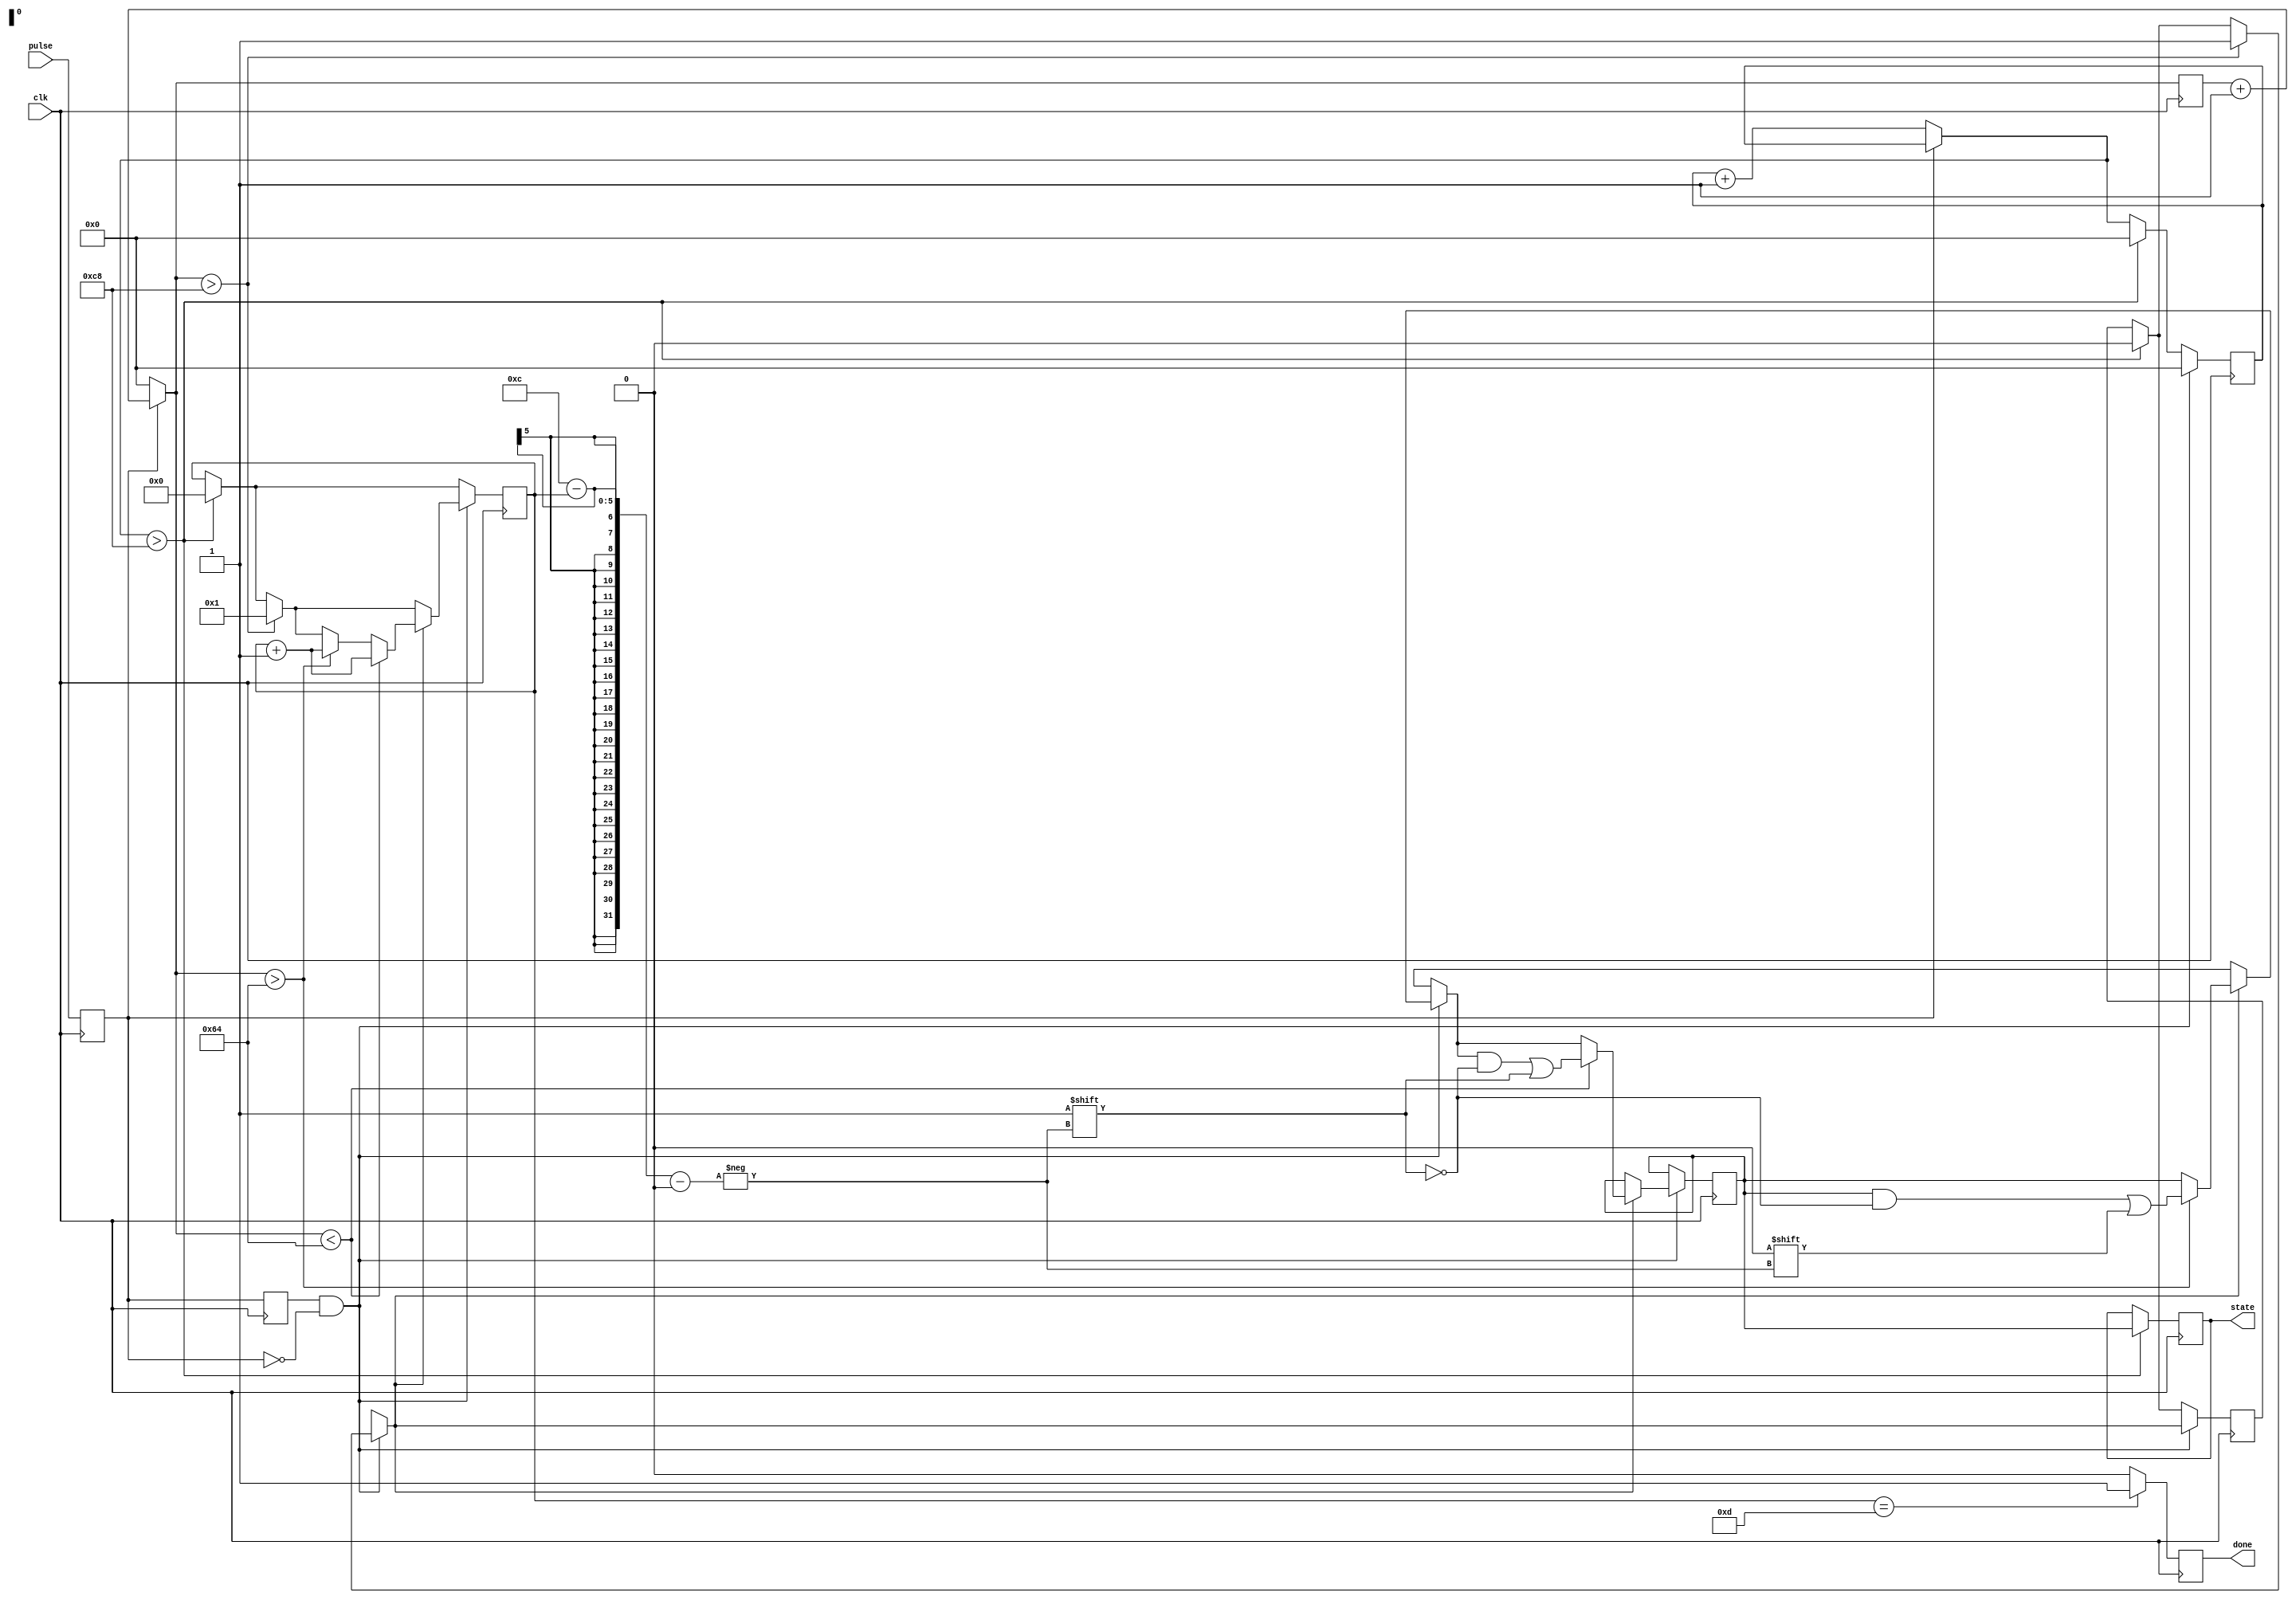
`timescale 1ns / 1ps

module IRsensor(
input wire clk,
input pulse,
output reg [11:0] state,
output reg done
    );
 localparam on = 100;
 localparam o = 200;      
 reg [9:0]pos_counter =0; 
 reg [9:0]neg_counter = 0; 
 reg  old =0;
 reg  new =0; 
 reg flag = 0;
 reg [4:0] bit_counter = 0;
 reg [11:0] bit =0;
 
 always @(negedge clk)
 
  
    begin
            new <= pulse;
            old <= new;
        if (new == 0)
            begin
                pos_counter <= 0;
                neg_counter = neg_counter+1;
            end
        else
            begin          
                pos_counter = pos_counter+1;
            end
            
        if (neg_counter > o)
            begin
                flag = 0;
                state <= bit   ;
                bit_counter <= 0;
                neg_counter <= 0;
            end
  
     if (old & ~new)
         begin
            neg_counter <= 0;
          if (pos_counter > 200)
            begin
                flag = 1;
                bit_counter <= 1;
                bit = 0;
                //              
            end
        if (flag == 1)
         begin
         if (pos_counter > 100)
            begin
                 bit[12-bit_counter] <= 0;
                 bit_counter <= bit_counter + 1;
            end
         if (pos_counter < 100)
            begin
                 bit[12-bit_counter] <= 1;
                 bit_counter <= bit_counter + 1;
            end
         end         
        end 
        if (bit_counter == 13)
            begin
            done =1;
            end
        else
            begin
            done=0;
            end
    end
 

endmodule